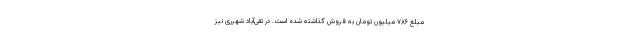
مبلغ ۷۸۶ میلیون تومان به فروش گذاشته شده است. در تقی‌آباد شهرری نیز